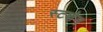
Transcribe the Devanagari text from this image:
स्टशेन